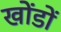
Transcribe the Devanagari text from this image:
खोंडों